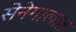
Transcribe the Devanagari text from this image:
सेनेगालात